Cholera in India, 1862 to 1881
Year: 1862
Disease focus: Cholera
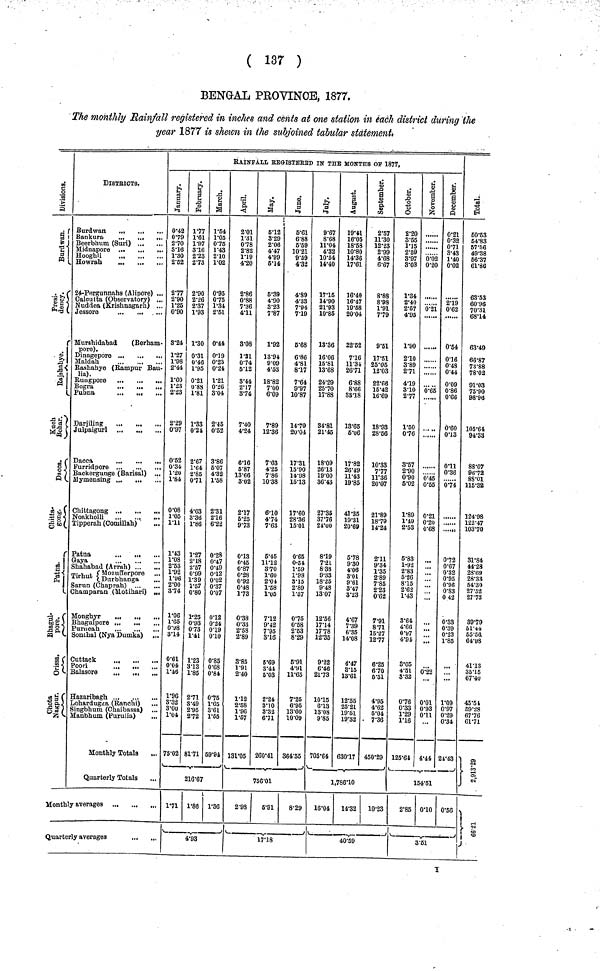
( 137 )
BENGAL PROVINCE, 1877.
The monthly Rainfall registered in inches and cents at one station in each district during the
year 1877 is shewn in the subjoined tabular statement,
Division
Burdwan
Presidency
Rajshahye
Kuch behar
Dacca
Chitta gong
Patna
Bhagulpore
Orissa
Chota nagpur
DlSTRICTS.
Burdwan
Bankura
...
...
...
Beerbhum (Suri)
Midnapore ...
...
...
Hooghli
...
Howrah
24-Pergunnahs (Alipore) ...
Calcutta (Observatory) ...
Nuddea (Krishnagarh) ...
Jessore
. ...
Murshidabad
(Berham-
pore).
Dinagepore
Maldah
Rashahye (Rampur Bau-
lia).
Rungpore
Bogra
...
...
...
Pubna
Darjiling
Julpaigurl ...
...
Dacca
...
...
•»
Furridpore
Backergunge (Barisal) ...
Mymensing ...
Chittagong ...
Noakholli
Tipperah (Comillah)
Patna
...
.••
Gaya
Shahabad (Arrah)
Tirhut
Mozufferpore
Durbhanga
Sarun (Chaprah)
Champaran (Motihari) ,„
Monghyr
...
Bhagulpore ...
...
...
Purneah
Somhal (Nya Dumka) ...
Cuttack
Poori
...
...
Balasore
...
Hazaribagh
Lohardugga (Ranchi)
Singbhum (Chaibassa) ...
Manbhum (Purulia)
...
Monthly Totals
Quarterly Totals
Monthly averages ...
Quarterly averages
RAINFALL REGISTERED IN THE MONTHS OF 1877,
January
0·42
0·79
2·70
3·16
1·30
2·52
2·77
2·90
1·25
0·90
3·24
1·27
1·98
2·44
1·60
1·23
2·23
2·29
0·97
0·52
0·34
1·20
1·84
0·08
1·05
1·11
1·43
1·08
2·53
1°92
l·96
2·00
874
1·06
1·65
0·98
3·14
0·61
0·04
1·46
1·96
3·32
3·00
3·0l
1·04
75·02
February
1·77
1·61
1·97
3·16
2·23
2·73
2·90
2·26
2·37
1·93
1·30
0·31
0·46
1 ·95
0·21
0·88
1·81
1·33
0·24
2·67
1·64
2·85
0·71
4·03
3·36
1·86
1·27
2·18
2·57
0·99
1·39
1·57
0·80
1*25
0·93
073
1·41
1·23
3·13
1·85
2·71
3·49
2·95
272
81·71
March
1·54
1·05
0·75
1·43
2·10
1·02
0·95
075
1·34
2·51
0·44
0·19
0·23
0·24
1·21
0·26
3·04
2·45
0·52
3·86
6·07
4·32
1·58
2·31
2·16
6·22
0·28
0·47
0·49
0·12
0·02
0·37
0·07
0·12
0·24
0·19
0·10
0·85
0·68
0·84
0·75
1·65
3·61
1·55
69·94
216·67
171 1·86 1·36
4·93
April
2·01
1·31
0·78
2·82
1·19
4·20
2·86
0·88
7·36
4·11
3·08
1·31
0·74
5·12
3·44
2·17
3·74
7·40
4·24
6·16
5·87
13·66
3·02
2·17
5·25
9·73
0·13
0·45
0·87
0·28
0·92
0·48
1·73
0·38
0·33
2·58
2·89
3·85
1·91
2·40
1·12
2·58
1·96
1·57
131·05
MayJune
5·12
3·29
2·08
4·47
4·99
5·14
5·39
4·90
3·23
7·87
1·92
13·94
9·09
4·53
18·82
7·00
6·09
7·89
12·36
7·63
4·25
7·86
10·38
6·10
4·74
7·63
6·45
11·12
370
1·60
2·0
1·58
1·05
7·12
9·42
7'95
3·16
5·69
3·44
5'03
2·24
3·10
3·32
6·71
260·41
5·61
6·88
5·59
10·21
9·39
4·32
4·89
4·33
7·94
7·19
6·68
6·86
4·81
8·17
7·64
9·97
10·87
14·79
20·04
17·31
15·90
14·98
15·13
17·60
28-36
15·01
0·65
0-54
1·59
1·98
3·15
2·89
1·57
0·75
0·58
2·53
8·29
5·91
4·91
11·65
7·25
6' 95
13·60
10·09
364·55
'
756·01
2·98
5·91
8·29
17·18
July
9·67
8·68
11·04
4·32
10·54
14·40
17·16
14·90
21·93
10·85
13·36
16·06
15·81
13·68
24·29
25·70
17·88
34·81
21·45
18·09
26·13
19·00
36·43
27·35
37·76
24·00
8·19
7·2l
8·38
9·33
18·25
9·48
13·07
12·56
17·14
1778
12·35
9·22
6·46
21·73
10·15
6·13
13·08
9·85
705·64
August
19·41
16·05
18·58
10·80
14·36
17·61
16·40
16·47
19·58
20·04
22·52
716
11·34
26·71
6·88
8·66
33·18
13·65
5·06
17·82
26·49
11·43
19·85
41·35
19·31
20·69
5·78
9·30
4·06
3·01
9·61
3·47
3·23
4·67
7 "39
6·35
14·08
4·47
3·15
13·61
12·55
25·21
19·51
19·32
630·17
September
2·57
11·30
12·23
2·99
4·68
6·67
8·88
8 ·98
1·91
779
9·51
17·51
25·05
12·03
22·66
15·42
16·69
18·93
28·56
10·33
7·77
11·36
20·07
21 ·89
18·79
14·24
2·11
9·34
1·35
2·89
7·85
2·23
0·62
7'91
8·71 8·71.
15·27
12·77
6·25
6·70
5·51
4·95
4·62
5·04
7·36
450·29
1,786·10
16·04
14·32
10·23
'
40·59
Octomber
2·20
3·55
1·15
2·69
3·97
3·03
1·34
2·40
2·57
4·95
1·90
2·10
3·89
2·71
4·19
3·10
2·77
1·50
0·76
3·57
2·90
0·90
5·02
1·89
1·49
2·53
5·83
1-92
2·83
5·26
8·15
2·62
1·43
3·64
4·66
0·97
4·94
3·05
4·51
3·32
0·76
0·33
1·29
1·16
125·64
Novamber
......
,
0·02
0·20
0·21
•
0·65
......
6·45
0·55
0·21
0·20
0·68
..
...
...
...
...
...
;;;
0·22
0·01
0·93
0·11
4·44
December
0·21
0·32
0·71
8·43
1·40
0·02
2·19
0·62
0·54
0·16
0·48
0·44
0·09
0·86
0·66
0·60
0·13
0·11
0·36
0·74
'.'.'.'.'.'.
....»
0·72
0·67
0·32
0·95
0·96
0·83
0 42
0·33
0·30
0·20
0·23
1·85
1·09
0·97
0·29
0·34
24·43
154·51
2·85 0·10 0·56
3·51
Total
60·53
54·83
67·56
49·38
66·37
61·86
63·53
60·96
70·31
68·14
63·49
66·87
73·88
78·02
91·03
75·90
98·96
105·64
94·33
88·07
96·72
88·01
115·32
124·98
122·47
103·70
31·84
44·28
28·69
28·33
54·30
27·52
27·73
39'79
51·44
55·56
64·98
41·13
35·15
67·40
45·54
69·28
67·76
61·71
2,913·29
66·21